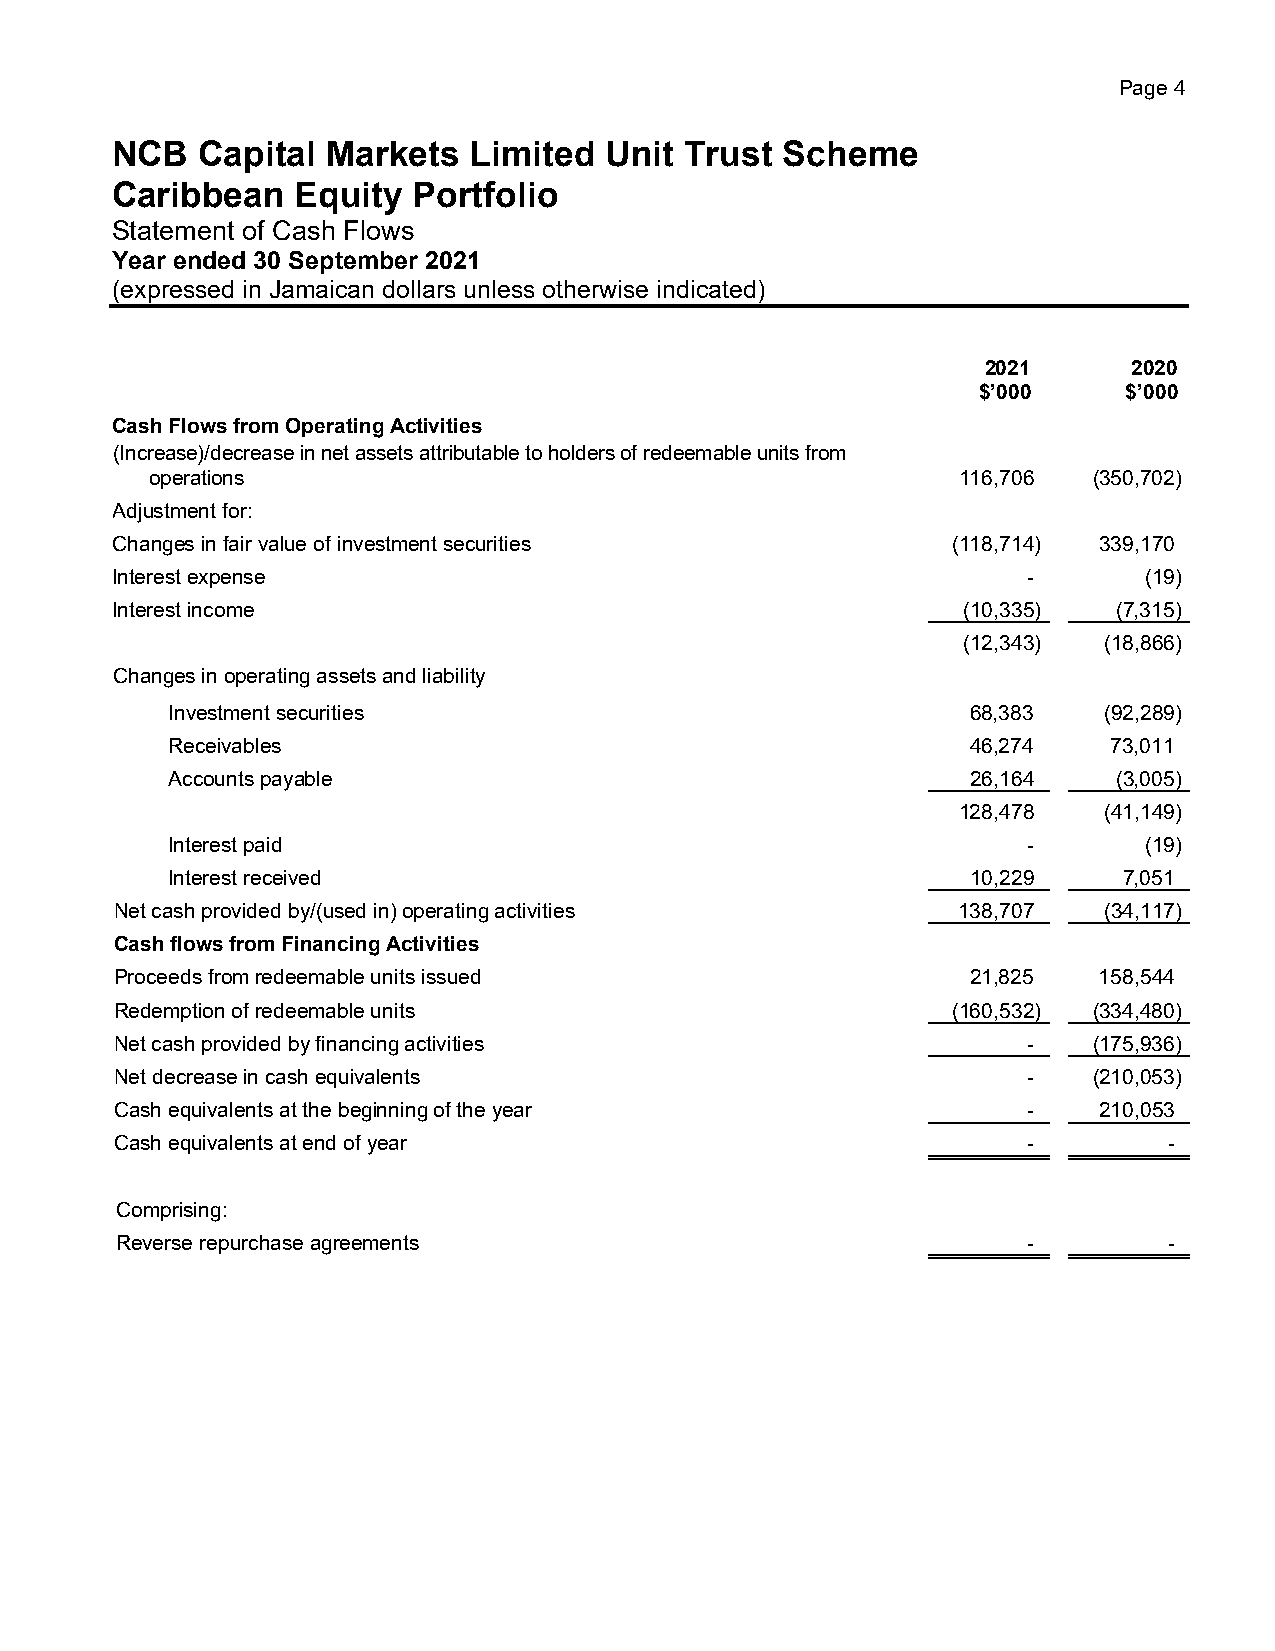
Page 4
 NCB   Capital  Markets  Limited  Unit Trust  Scheme
 Caribbean    Equity Portfolio
 Statement of Cash Flows
 Year ended 30 September 2021
 (expressed in Jamaican dollars unless otherwise indicated)
 2021      2020
 $’000     $’000
 Cash Flows from Operating Activities
 (Increase)/decrease in net assets attributable to holders of redeemable units from
 operations                                           116,706  (350,702)
 Adjustment for:
 Changes in fair value of investment securities          (118,714) 339,170
 Interest expense                                             -       (19)
 Interest income                                          (10,335)  (7,315)
 (12,343) (18,866)
 Changes in operating assets and liability
 Investment securities                                68,383   (92,289)
 Receivables                                          46,274    73,011
 Accounts payable                                     26,164    (3,005)
 128,478   (41,149)
 Interest paid                                            -       (19)
 Interest received                                    10,229    7,051
 Net cash provided by/(used in) operating activities    138,707   (34,117)
 Cash flows from Financing Activities
 Proceeds from redeemable units issued                   21,825   158,544
 Redemption of redeemable units                         (160,532) (334,480)
 Net cash provided by financing activities                   -   (175,936)
 Net decrease in cash equivalents                            -   (210,053)
 Cash equivalents at the beginning of the year               -    210,053
 Cash equivalents at end of year                             -        -
 Comprising:
 Reverse repurchase agreements                               -        -